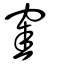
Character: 窐